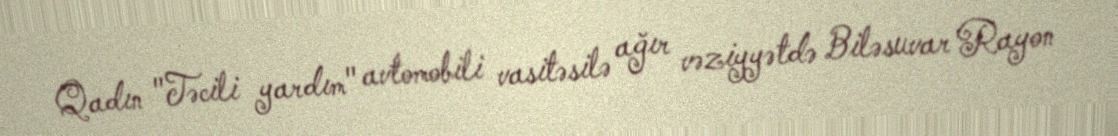
Qadın "Təcili yardım" avtomobili vasitəsilə ağır vəziyyətdə Biləsuvar Rayon